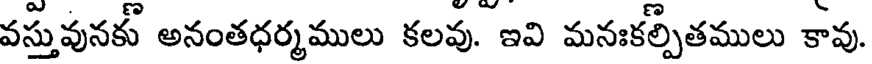
వస్తువునకు అనంతధర్మములు కలవు. ఇవి మనఃకల్పితములు కావు.